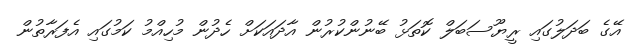
އޭގެ ބަދަލުގައި ރީޔޫސަބަލް ކޮތަޅު ބޭނުންކުރުން އާދައަކަށް ހެދުން މުހިއްމު ކަމުގައި އެފަރާތުން